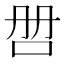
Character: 𰇑